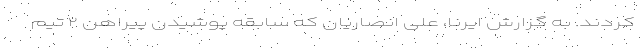
کردند. به گزارش ایرنا، علی انصاریان که سابقه پوشیدن پیراهن ۲ تیم